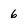
Character: 6